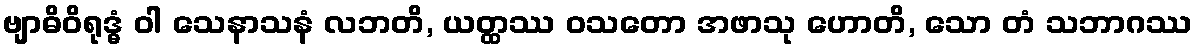
ဗျာဓိဝိရုဒ္ဓံ ဝါ သေနာသနံ လဘတိ, ယတ္ထဿ ဝသတော အဖာသု ဟောတိ, သော တံ သဘာဂဿ